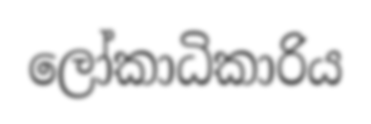
ලෝකාධිකාරිය